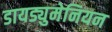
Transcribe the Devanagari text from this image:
डायड्युमेनियन